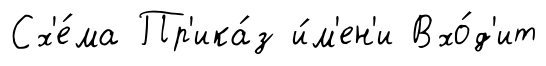
Сх'е́ма Пр'ика́з и́м'ен'и Вхо́д'ит